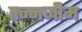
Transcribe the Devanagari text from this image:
तन्नजीम